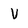
Character: V